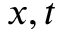
x , t